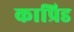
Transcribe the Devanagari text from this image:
काप्रिड